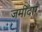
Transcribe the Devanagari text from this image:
जमीँदार